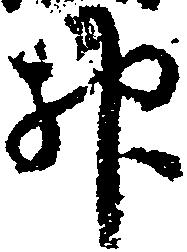
神